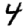
Digit: 4